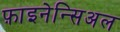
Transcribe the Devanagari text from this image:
फ़ाइनेन्सिअल